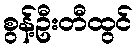
စွန့်ဦးတီထွင်